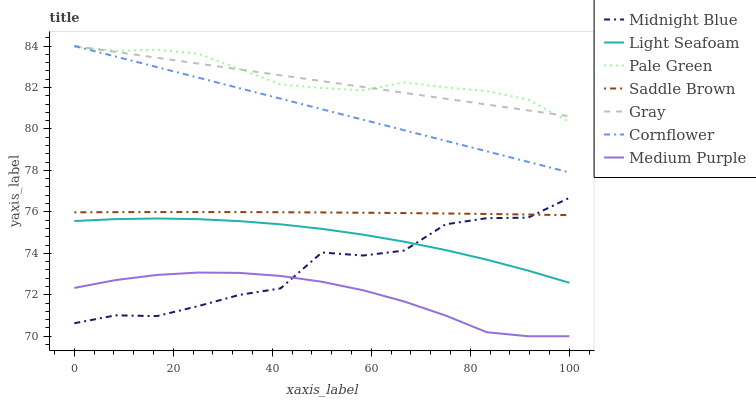
| xaxis_label | Midnight Blue | Light Seafoam | Pale Green | Saddle Brown | Gray | Cornflower | Medium Purple |
 | --- | --- | --- | --- | --- | --- | --- | --- |
 | 0 | 70.6 | 75.6 | 84 | 76 | 84 | 84 | 72.3 |
 | 8.33 | 71 | 75.7 | 83.8 | 76 | 83.7 | 83.5 | 72.7 |
 | 16.7 | 71 | 75.7 | 83.8 | 76 | 83.4 | 83 | 73 |
 | 25 | 71.5 | 75.6 | 83.6 | 76 | 83.2 | 82.5 | 73.1 |
 | 33.3 | 72 | 75.6 | 82.9 | 76 | 82.9 | 82 | 73.1 |
 | 41.7 | 72.3 | 75.4 | 82.1 | 76 | 82.6 | 81.5 | 72.9 |
 | 50 | 74 | 75.2 | 82 | 76 | 82.3 | 81 | 72.6 |
 | 58.3 | 73.9 | 74.9 | 81.9 | 76 | 82 | 80.4 | 72.2 |
 | 66.7 | 74.1 | 74.6 | 82.2 | 75.9 | 81.7 | 79.9 | 71.7 |
 | 75 | 75.4 | 74.2 | 82 | 75.9 | 81.5 | 79.4 | 71 |
 | 83.3 | 75.7 | 73.7 | 81.8 | 75.9 | 81.2 | 78.9 | 70.2 |
 | 91.7 | 75.7 | 73.2 | 81.4 | 75.9 | 80.9 | 78.4 | 70 |
 | 100 | 76.7 | 72.6 | 80.3 | 75.8 | 80.6 | 77.9 | 70 |